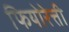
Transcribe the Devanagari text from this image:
फियोरेत्ती